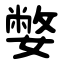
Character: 嫳